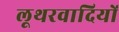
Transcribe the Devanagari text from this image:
लूथरवादियों